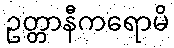
ဥတ္တာနီကရောမိ